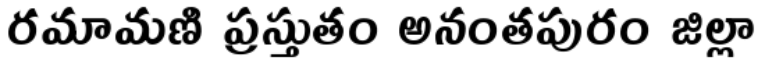
రమామణి ప్రస్తుతం అనంతపురం జిల్లా